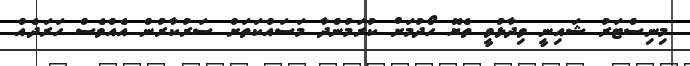
މިނިސްޓަރު ޝައިނީ ވިދާޅުވީ ތެޔޮ ހޯދުމަށް ކުރަމުންދާ މަސައްކަތަށް ސަރުކާރުން އެއްވެސް ހަރަދެއް